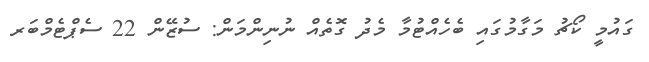
ގައުމީ ކޯޗު މަގާމުގައި ބެހެއްޓުމާ މެދު ގޮތެއް ނުނިންމަން: ސުޒޭން 22 ސެޕްޓެމްބަރ